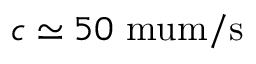
c \simeq 5 0 \mathrm { \ m u m / s }